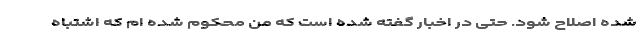
شده اصلاح شود. حتی در اخبار گفته شده است که من محکوم شده ام که اشتباه